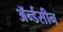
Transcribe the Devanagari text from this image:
ॲर्न्डसीन